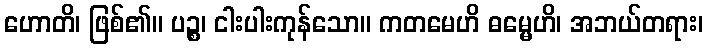
ဟောတိ၊ ဖြစ်၏။ ပဉ္စ၊ ငါးပါးကုန်သော။ ကတမေဟိ ဓမ္မေဟိ၊ အဘယ်တရား၊